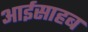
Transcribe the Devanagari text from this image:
आईसाहब